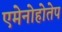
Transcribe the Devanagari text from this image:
एमेनोहोतेप